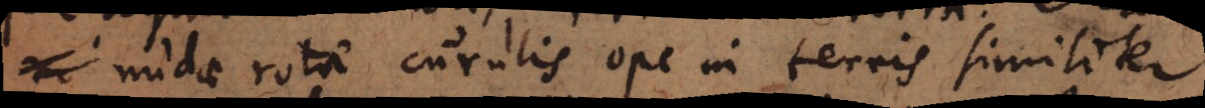
nudae rotae curulis ope in terris similiter